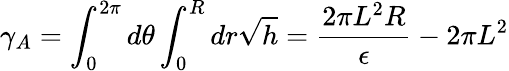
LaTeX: \gamma_{A}=\displaystyle\int_{0}^{2\pi}d\theta\displaystyle\int_{0}^{R}dr\sqrt{h}=\frac{2\pi L^{2}R}{\epsilon}-2\pi L^{2}